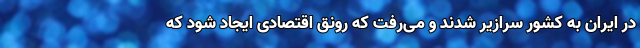
در ایران به کشور سرازیر شدند و می‌رفت که رونق اقتصادی ایجاد شود که